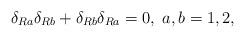
LaTeX: \begin{align*}\delta _{Ra}\delta _{Rb}+\delta _{Rb}\delta _{Ra}=0,\;a,b=1,2, \end{align*}